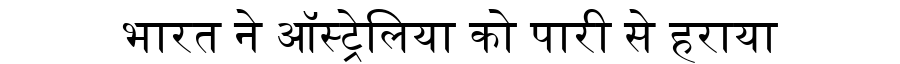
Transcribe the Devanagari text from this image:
भारत ने ऑस्ट्रेलिया को पारी से हराया